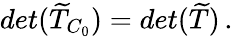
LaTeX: det(\widetilde{T}_{C_{0}})=det(\widetilde{T})\, .